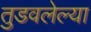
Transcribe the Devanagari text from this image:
तुडवलेल्या